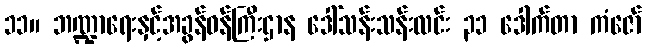
၁၁။ ဘဏ္ဍာရေးနှင့်အခွန်ဝန်ကြီးဌာန ဒေါ်သန်းသန်းလင်း ၃၁ ဒေါက်တာ ကံဇော်